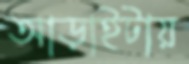
আড়াইটায়